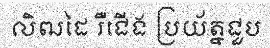
លិឍដៃ រឺជើង ប្រយ័ត្នជួប